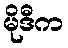
မိုဒီက